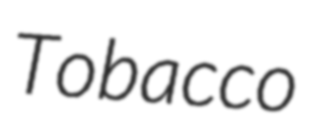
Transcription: Tobacco